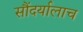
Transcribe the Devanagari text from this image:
सौंदर्यालाच